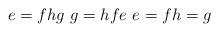
LaTeX: \begin{gather*} \ e=f h g \ g=h f e \ e=f h=g\end{gather*}